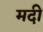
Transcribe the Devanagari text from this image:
मदी